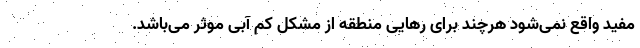
مفید واقع نمی‌شود هرچند برای رهایی منطقه از مشکل کم آبی موثر می‌باشد.